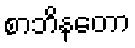
စာဘိနတော